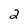
Character: 2